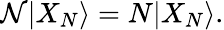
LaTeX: {\cal N}|X_{N}\rangle=N|X_{N}\rangle.